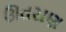
ઊતરાણ